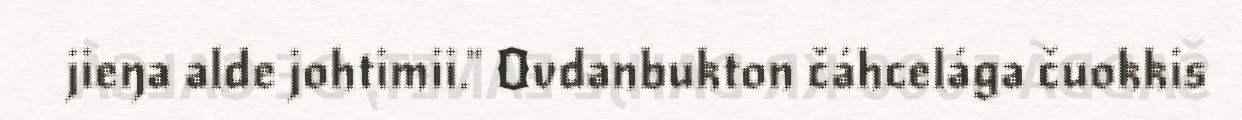
jieŋa alde johtimii." Ovdanbukton čáhcelága čuokkis